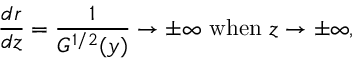
\frac { d r } { d z } = \frac { 1 } { G ^ { 1 / 2 } ( y ) } \to \pm \infty \mathrm { ~ w h e n ~ } z \to \pm \infty ,